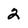
Character: 2